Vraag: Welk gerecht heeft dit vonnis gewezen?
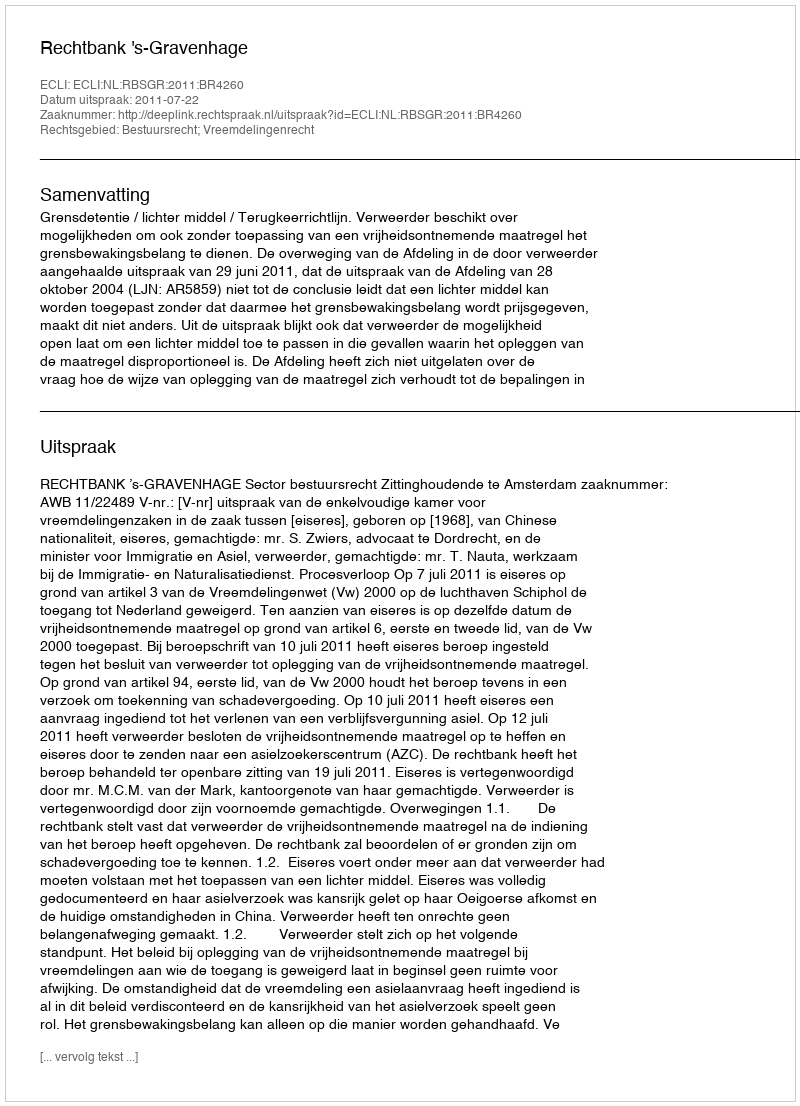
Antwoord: Rechtbank 's-Gravenhage